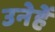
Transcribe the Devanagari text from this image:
उनेहें